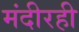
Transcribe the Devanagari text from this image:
मंदीरही